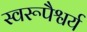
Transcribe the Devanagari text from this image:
स्वरूपैश्वर्य